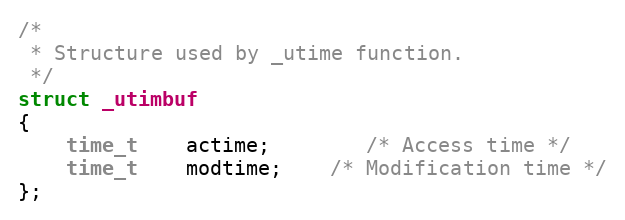
Language: C
/*
 * Structure used by _utime function.
 */
struct _utimbuf
{
	time_t	actime;		/* Access time */
	time_t	modtime;	/* Modification time */
};